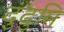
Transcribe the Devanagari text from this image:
दुंदुमि